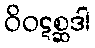
ဝိဝဋစ္ဆဒါ